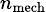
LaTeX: \scriptstyle n_{\mathrm{mech}}